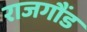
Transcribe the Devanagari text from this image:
राजगौंड